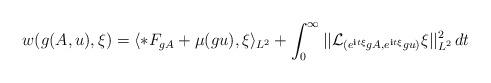
LaTeX: \begin{align*} w(g(A,u),\xi) = \langle *F_{gA} + \mu(gu), \xi \rangle_{L^2} + \int_0^{\infty} ||\mathcal{L}_{(e^{\textbf{i}t\xi}gA, e^{\textbf{i}t\xi}gu)} \xi||_{L^2}^2\, dt\end{align*}